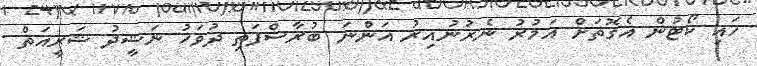
ހައި ކޯޓުން އެގޮތަށް އަމުރު ނެރުނުއިރު އަންނަ ބުރާސްފަތި ދުވަހު ނަޝީދު ޝަރީއަތް